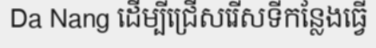
Da Nang ដើម្បីជ្រើសរើសទីកន្លែងធ្វើ